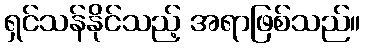
ရှင်သန်နိုင်သည့် အရာဖြစ်သည်။